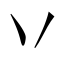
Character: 丷